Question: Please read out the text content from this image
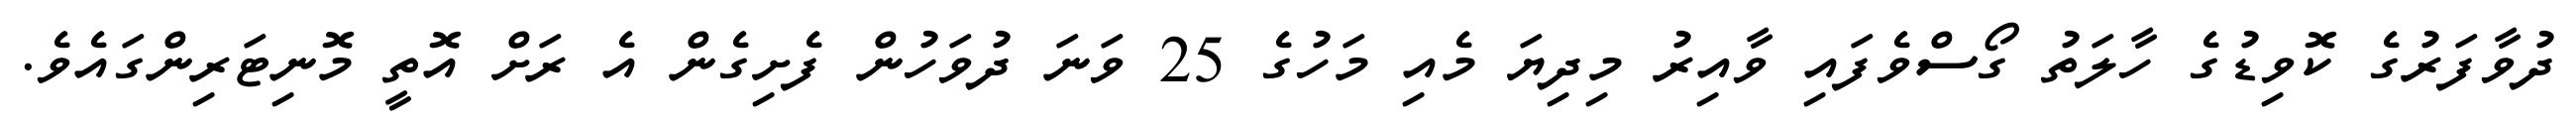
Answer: ދުވާފަރުގެ ކޮވިޑުގެ ހާލަތު ގޯސްވެފައި ވާއިރު މިދިޔަ މެއި މަހުގެ 25 ވަނަ ދުވަހުން ފެށިގެން އެ ރަށް އޮތީ މޮނިޓަރިންގައެވެ.